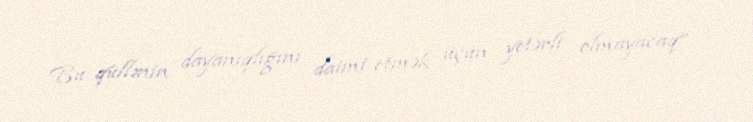
Bu qüllənin dayanıqlığını daimi etmək üçün yetərli olmayacaq”.